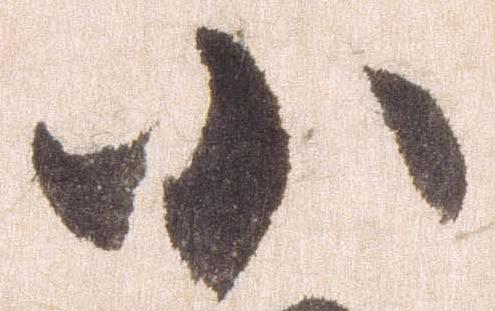
小